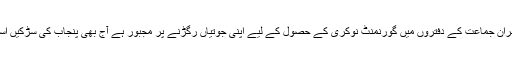
بیروزگاری کے سبب گھر میں فاقہ کشی کی نوبت آچکی ہے حکمران جماعت کے دفتروں میں گورنمنٹ نوکری کے حصول کے لیے اپنی جوتیاں رگڑنے پر مجبور ہے آج بھی پنجاب کی سڑکیں اسکے پاؤں کے چھالوں سے رستا خون اپنے اندر جذب کر رہی ہیں۔